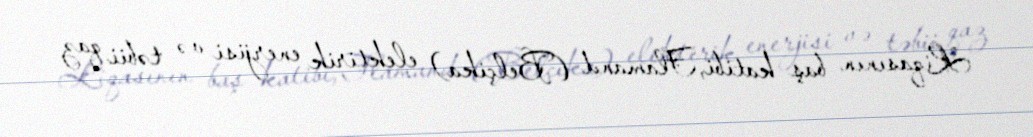
Liqasının baş katibi, Flamand (Belçika) elektirik enerjisi və təbii qaz